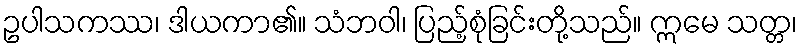
ဥပါသကဿ၊ ဒါယကာ၏။ သံဘဝါ၊ ပြည့်စုံခြင်းတို့သည်။ ဣမေ သတ္တ၊